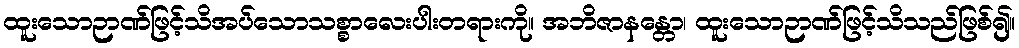
ထူးသောဉာဏ်ဖြင့်သိအပ်သောသစ္စာလေးပါးတရားကို။ အဘိဇာနန္တော၊ ထူးသောဉာဏ်ဖြင့်သိသည်ဖြစ်၍။